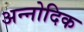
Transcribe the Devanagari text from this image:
अन्नोदिक